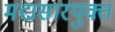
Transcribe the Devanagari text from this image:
मद्यसारयुक्त